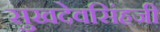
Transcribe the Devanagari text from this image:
सुखदेवसिंहजी